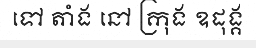
ទៅ តាំង នៅ ក្រុង ឧដុង្គ